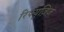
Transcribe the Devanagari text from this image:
रिफ्युज़िज़